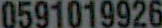
0591019926